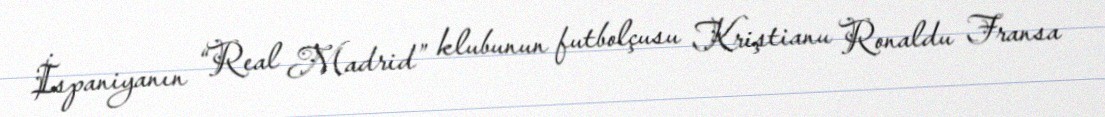
İspaniyanın “Real Madrid” klubunun futbolçusu Kriştianu Ronaldu Fransa